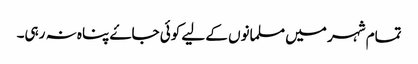
تمام شہر میں مسلمانوں کے لیے کوئی جاۓ پناہ نہ رہی۔